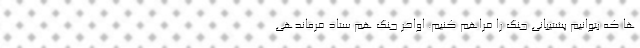
ها که بتوانیم پشتیبانی جنگ را فراهم کنیم. اواخر جنگ هم ستاد فرماندهی